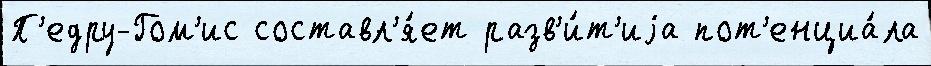
П'едру-Гом'ис составл'я́ет разв'и́т'иjа пот'енциа́ла